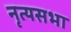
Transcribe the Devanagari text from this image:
नृत्यसभा